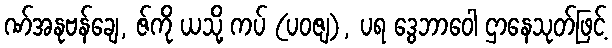
ဏ်အနုဗန်ချေ, ဇ်ကို ယသို့ ကပ် (ပဝဇျ), ပရ ဒွေဘာဝေါ ဌာနေသုတ်ဖြင့်